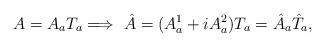
LaTeX: \begin{align*}A=A_{a}T_{a}\Longrightarrow \,\,\hat{A}=(A^{1}_{a}+iA^{2}_{a})T_{a}=\hat{A}_{a}\hat{T}_{a},\end{align*}